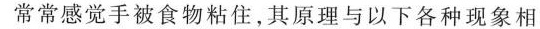
常常感觉手被食物粘住，其原理与以下各种现象相